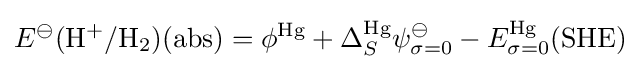
E^{\ominus }{\rm {(H^{+}/H_{2})(abs)}}=\phi ^{\rm {Hg}}+\Delta _{S}^{\rm {Hg}}\psi _{\sigma =0}^{\ominus }-E_{\sigma =0}^{\rm {Hg}}{\rm {(SHE)}}